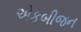
એકબીજન